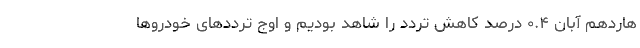
هاردهم آبان ۰.۴ درصد کاهش تردد را شاهد بودیم و اوج تردد‌های خودرو‌ها